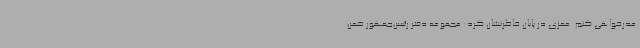
عذرخواهی کنم. معزی در پایان خاطرنشان کرد: مجموعه دفتر رئیس‌جمهور ضمن